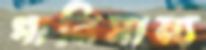
পানিসাম্য